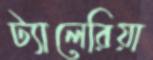
ট্যালেরিয়া